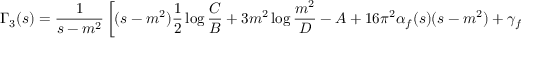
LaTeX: \Gamma _ { 3 } ( s ) = \frac { 1 } { s - m ^ { 2 } } \left[ ( s - m ^ { 2 } ) \frac { 1 } { 2 } \log \frac { C } { B } + 3 m ^ { 2 } \log \frac { m ^ { 2 } } { D } - A + 1 6 \pi ^ { 2 } \alpha _ { f } ( s ) ( s - m ^ { 2 } ) + \gamma _ { f } ( s ) \right] \; ,